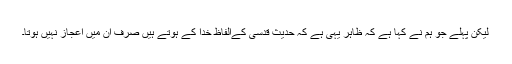
لیکن پہلے جو ہم نے کہا ہے کہ ظاہر یہی ہے کہ حدیث قدسی کےالفاظ خدا کے ہوتے ہیں صرف ان میں اعجاز نہیں ہوتا۔